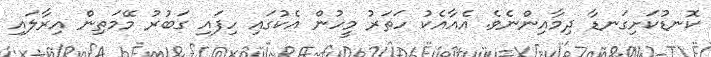
ކޮނޑުކަށިގަނޑާ ދިމާއިންނެވެ. އެއާއެކު ހަތަރު މީހުން އެކުގައި ހިފައި ގަބުރު މޭމަތިން އިރާލައި